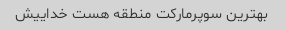
بهترین سوپرمارکت منطقه هست خداییش